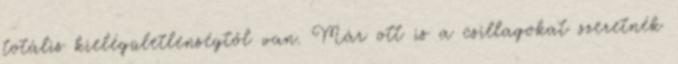
totális kielégületlenségtől van. Már ott is a csillagokat szeretnék